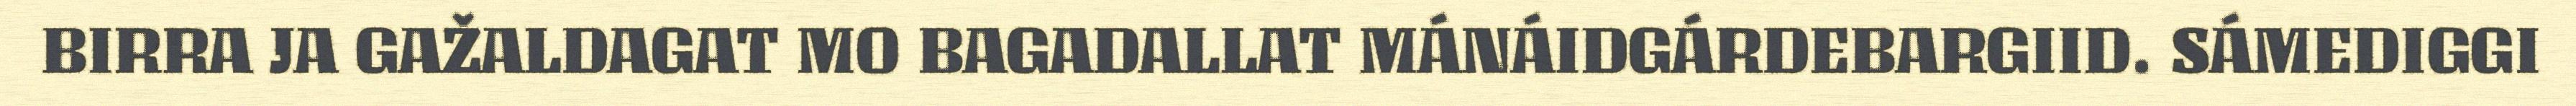
BIRRA JA GAŽALDAGAT MO BAGADALLAT MÁNÁIDGÁRDEBARGIID. SÁMEDIGGI